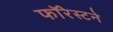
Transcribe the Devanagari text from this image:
फॉरेस्टने